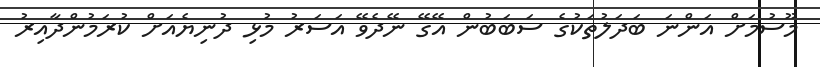
މޫސުމަށް އަންނަ ބަދަލުތަކުގެ ސަބަބުން އޭގޭ ނޭދެވޭ އަސަރު މުޅި ދުނިޔެއަށް ކުރަމުންދާއިރު